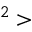
^ 2 >